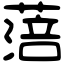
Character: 𦹃